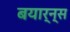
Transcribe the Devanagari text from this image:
बयार्न्स